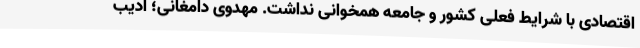
اقتصادی با شرایط فعلی کشور و جامعه همخوانی نداشت. مهدوی دامغانی؛ ادیب